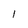
Character: 1